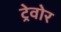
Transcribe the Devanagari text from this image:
ट्रेवोर